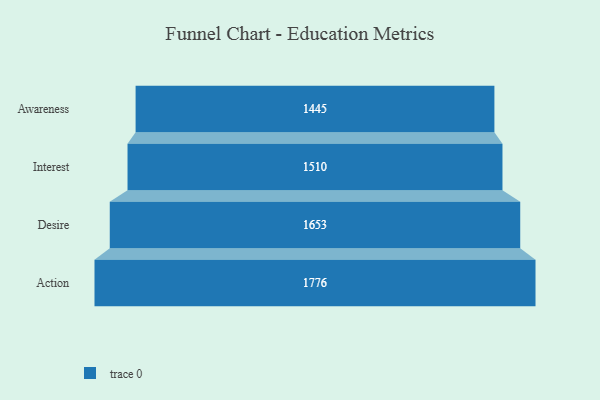
{"axis": {"x": "Stage", "y": "Value"}, "legend": [""], "data": [{"x": "Awareness", "y": 1445.0, "type": ""}, {"x": "Interest", "y": 1510.0, "type": ""}, {"x": "Desire", "y": 1653.0, "type": ""}, {"x": "Action", "y": 1776.0, "type": ""}]}